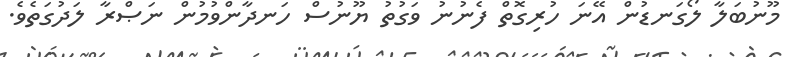
މޫނުބަލާ ލޯގަނޑުން އޭނަ ހުރިގޮތް ފެނުނު ވަގުތު ޔޫނުސް ހަނދާންވުމުން ނަޞްރާ ލަދުގަތެވެ.